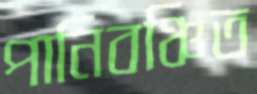
পানিবঞ্চিত